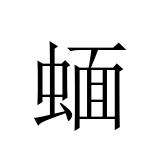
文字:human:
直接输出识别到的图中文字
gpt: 蝒